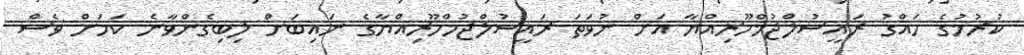
ކުރުމުގެ ހައްގު ރައީސުލްޖުމްހޫރިއްޔާ އަށް ނުވަތަ ރައީސުލްޖުމްހޫރިއްޔާގެ ނައިބަށް ލިބިގެންވާނެ ކަމަށް ވެސް